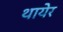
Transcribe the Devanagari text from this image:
थायेर